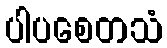
ပါပစေတသံ